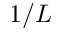
1 / L